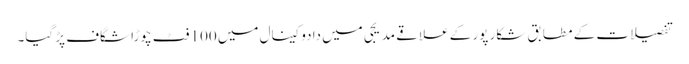
تفصیلات کے مطابق شکار پور کے علاقے مدیجی میں دادوکینال میں 100 فٹ چوڑا شگاف پڑ گیا۔